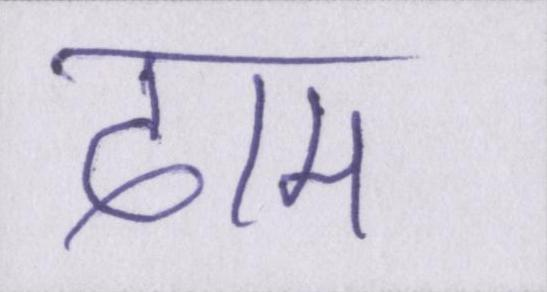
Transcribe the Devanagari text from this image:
दाम